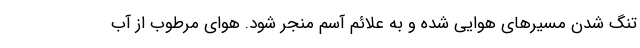
تنگ شدن مسیرهای هوایی شده و به علائم آسم منجر شود. هوای مرطوب از آب